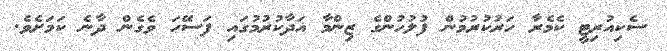
ސެކިއުރިޓީ ކެމެރާ ހަރުކުރުމުން ފުލުހުންގެ ޒިންމާ އަދާކުރުމުގައި ފަސޭހަ ވެގެން ދާނެ ކަމަށެވެ.